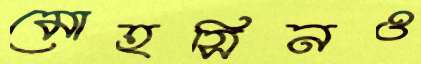
মোহসিনও